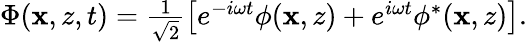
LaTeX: \begin{array}{r}{\Phi(\mathbf{x},z,t)=\frac{1}{\sqrt{2}}\left[e^{-i\omega t}\phi(\mathbf{x},z)+e^{i\omega t}\phi^{*}(\mathbf{x},z)\right].}\end{array}